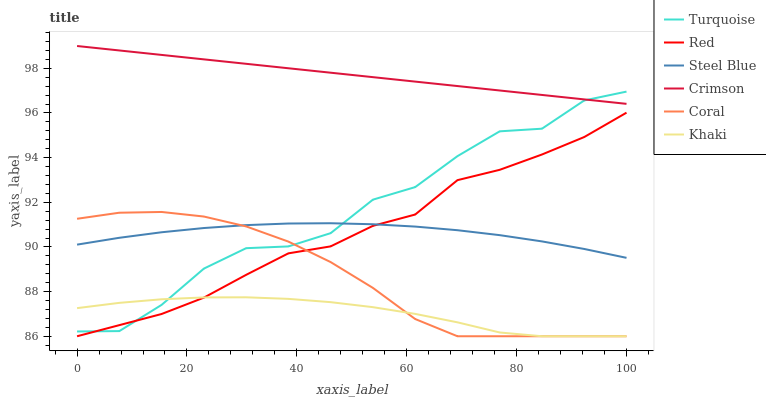
| xaxis_label | Turquoise | Red | Steel Blue | Crimson | Coral | Khaki |
 | --- | --- | --- | --- | --- | --- | --- |
 | 0 | 86.2 | 86 | 90.1 | 99 | 91.3 | 87.3 |
 | 7.69 | 86.2 | 86.5 | 90.4 | 98.8 | 91.5 | 87.5 |
 | 15.4 | 87.4 | 87 | 90.7 | 98.6 | 91.6 | 87.7 |
 | 23.1 | 89 | 87.7 | 90.8 | 98.4 | 91.4 | 87.7 |
 | 30.8 | 89.9 | 88.8 | 91 | 98.2 | 90.9 | 87.7 |
 | 38.5 | 90 | 89.7 | 91 | 98 | 90.2 | 87.7 |
 | 46.2 | 90.6 | 90 | 91.1 | 97.8 | 89.3 | 87.5 |
 | 53.8 | 92.1 | 90.9 | 91 | 97.6 | 88.2 | 87.3 |
 | 61.5 | 92.7 | 91.5 | 90.9 | 97.4 | 86.8 | 87 |
 | 69.2 | 94.1 | 93 | 90.7 | 97.2 | 86 | 86.6 |
 | 76.9 | 95.2 | 93.5 | 90.5 | 97 | 86 | 86.2 |
 | 84.6 | 95.3 | 94.1 | 90.2 | 96.8 | 86 | 86 |
 | 92.3 | 96.6 | 94.9 | 89.9 | 96.6 | 86 | 86 |
 | 100 | 97 | 96 | 89.5 | 96.4 | 86 | 86 |